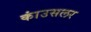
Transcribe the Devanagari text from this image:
कांउसलर